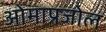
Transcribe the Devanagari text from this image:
ओमाप्रजोल